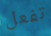
تفعل